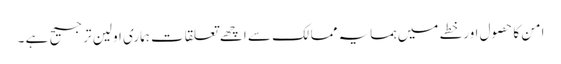
امن کا حصول اورخطے میں ہمسایہ ممالک سے اچھے تعلقات ہماری اولین ترجیح ہے ۔